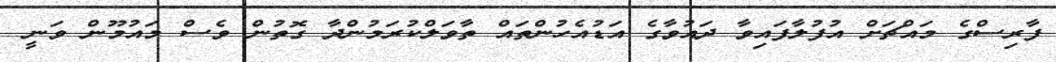
ފާރިސްގެ މައްޗަށް އުފުލާފައިވާ ދައުވާގެ އަޑުއެހުންތައް ތާވަލްކުރަމުންދާ ގޮތުން ވެސް މައުމޫން ވަނީ